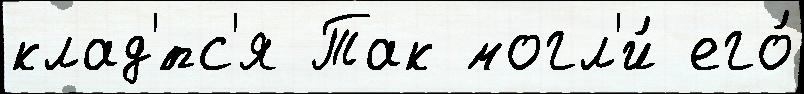
клад'́тс'я Так могл'и́ его́